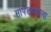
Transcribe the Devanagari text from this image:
सापडण्याला